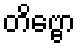
တိဗ္ဗော